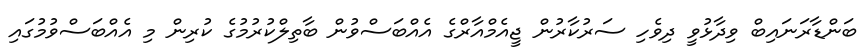
ބަންޑާރަނައިބް ވިދާޅުވީ ދިވެހި ސަރުކާރުން ޖީއެމްއާރްގެ އެއްބަސްވުން ބާތިލްކުރުމުގެ ކުރިން މި އެއްބަސްވުމުގައި